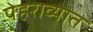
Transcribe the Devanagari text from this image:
पेहराव्यात